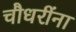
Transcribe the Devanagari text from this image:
चौधरींना